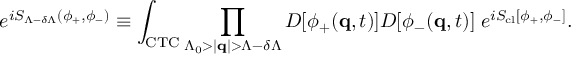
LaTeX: e ^ { i S _ { \Lambda - \delta \Lambda } ( \phi _ { + } , \phi _ { - } ) } \equiv \int _ { \mathrm { C T C } } \prod _ { \Lambda _ { 0 } > | { \bf q } | > \Lambda - \delta \Lambda } { \cal D } [ \phi _ { + } ( { \bf q } , t ) ] { \cal D } [ \phi _ { - } ( { \bf q } , t ) ] \; e ^ { i S _ { \mathrm { c l } } [ \phi _ { + } , \phi _ { - } ] } .